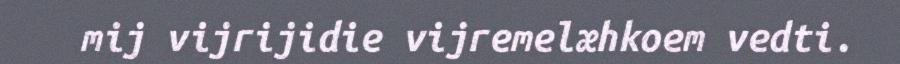
mij vijrijidie vijremelæhkoem vedti.